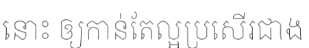
នោះ ឲ្យកាន់តែល្អប្រសើរជាង